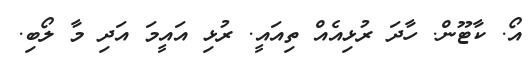
އޯ. ކާޓޫން. ހާދަ ރުޅިއެއް ތިއައީ. ރުޅި އައީމަ އަދި މާ ލޯބި.